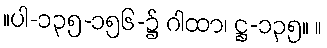
။ပါ-၁၃၅-၁၅၆-၌ ဂါထာ၊ ဋ္ဌ-၁၃၅။ ။